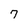
Character: 7